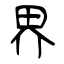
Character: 界